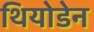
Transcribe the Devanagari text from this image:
थियोडेन